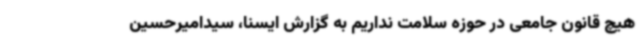
هیچ قانون جامعی در حوزه سلامت نداریم به گزارش ایسنا، سیدامیرحسین